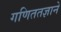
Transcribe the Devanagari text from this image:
गणिततज्ञाने